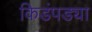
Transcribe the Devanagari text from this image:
किडंपड्या